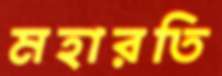
মহারতি